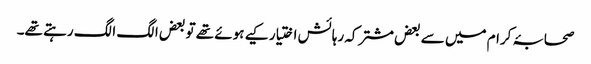
صحابۂ کرام میں سے بعض مشترکہ رہائش اختیار کیے ہوئے تھے تو بعض الگ الگ رہتے تھے۔